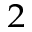
{ _ 2 }